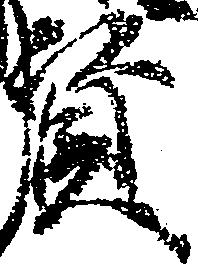
資